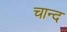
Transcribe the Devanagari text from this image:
चान्‍द